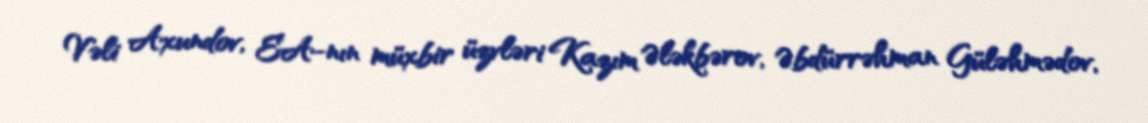
Vəli Axundov, EA-nın müxbir üzvləri Kazım Ələkbərov, Əbdürrəhman Güləhmədov,